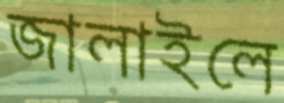
জালাইলে